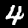
Label: 4